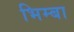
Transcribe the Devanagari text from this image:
भिम्बा